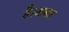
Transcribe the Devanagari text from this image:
है।बाजार